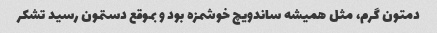
دمتون گرم، مثل همیشه ساندویچ خوشمزه بود و بموقع دستمون رسید تشکر